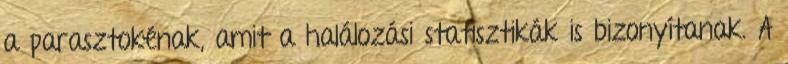
a parasztokénak, amit a halálozási statisztikák is bizonyítanak. A